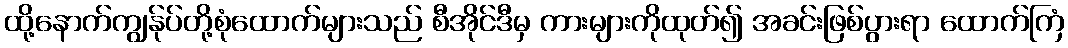
ထို့နောက်ကျွန်ုပ်တို့စုံထောက်များသည် စီအိုင်ဒီမှ ကားများကိုထုတ်၍ အခင်းဖြစ်ပွားရာ ထောက်ကြံ